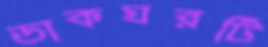
ডাকঘরটি